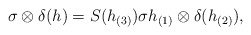
\begin{align*}\sigma \otimes \delta(h)=S(h_{(3)})\sigma h_{(1)} \otimes \delta( h_{(2)}), \end{align*}